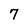
Character: 7